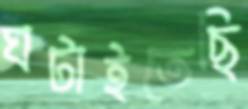
ঘটাইতেছি